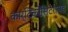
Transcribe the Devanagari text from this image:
कार्टिकोसिटरायड